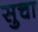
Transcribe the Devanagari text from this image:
सुचा